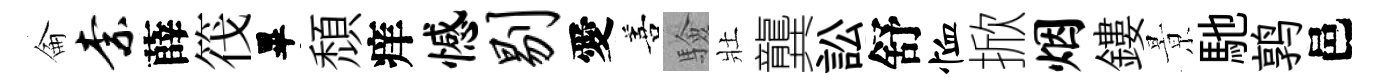
侖柰薛筏畢頹痒憾剔愛善驗壯龔訟舒恤掀烟鏤㬌馳鹑邑